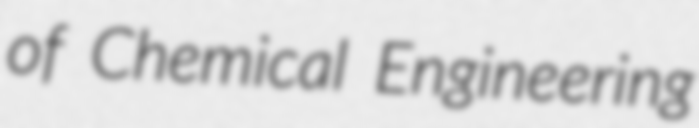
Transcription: of Chemical Engineering